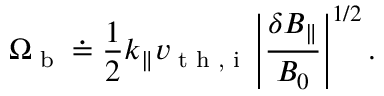
\Omega _ { \textrm { b } } \doteq \frac { 1 } { 2 } k _ { \parallel } v _ { \textrm { t h , i } } \left| \frac { \delta B _ { \parallel } } { B _ { 0 } } \right| ^ { 1 / 2 } .